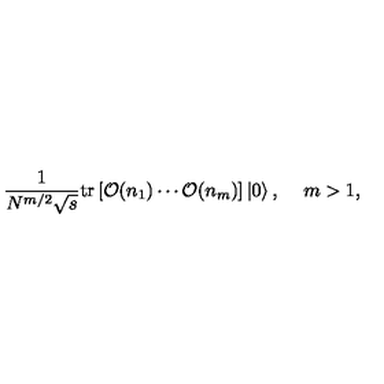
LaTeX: \frac { 1 } { N ^ { m / 2 } \sqrt { s } } \mathrm { t r } \left[ { \cal O } ( n _ { 1 } ) \cdots { \cal O } ( n _ { m } ) \right] \left| 0 \right\rangle , \: \: \: \: \ m > 1 ,